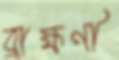
ব্রাহ্মণী